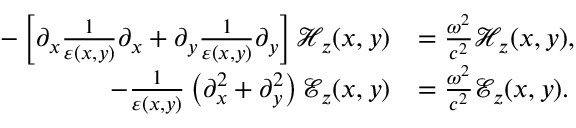
\begin{array} { r l } { - \left[ \partial _ { x } \frac { 1 } { \varepsilon ( x , y ) } \partial _ { x } + \partial _ { y } \frac { 1 } { \varepsilon ( x , y ) } \partial _ { y } \right] \mathcal { H } _ { z } ( x , y ) } & { = \frac { \omega ^ { 2 } } { c ^ { 2 } } \mathcal { H } _ { z } ( x , y ) , } \\ { - \frac { 1 } { \varepsilon ( x , y ) } \left( \partial _ { x } ^ { 2 } + \partial _ { y } ^ { 2 } \right) \mathcal { E } _ { z } ( x , y ) } & { = \frac { \omega ^ { 2 } } { c ^ { 2 } } \mathcal { E } _ { z } ( x , y ) . } \end{array}